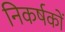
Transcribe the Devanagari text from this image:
निकर्षकों